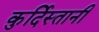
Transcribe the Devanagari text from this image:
कुर्दिस्तानी